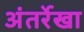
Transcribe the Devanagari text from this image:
अंतर्रेखा